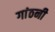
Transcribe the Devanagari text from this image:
गांठनी